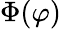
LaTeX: \Phi(\varphi)